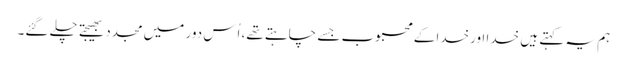
ہم یہ کہتے ہیں خدا اورخدا کے محبوب جسے چاہتے تھے، اُس دور میں مجدد بھیجتے چلے گئے۔